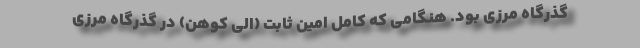
گذرگاه مرزی بود. هنگامی که کامل امین ثابت (الی کوهن) در گذرگاه مرزی